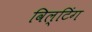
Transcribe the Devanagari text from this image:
विल्टिंग